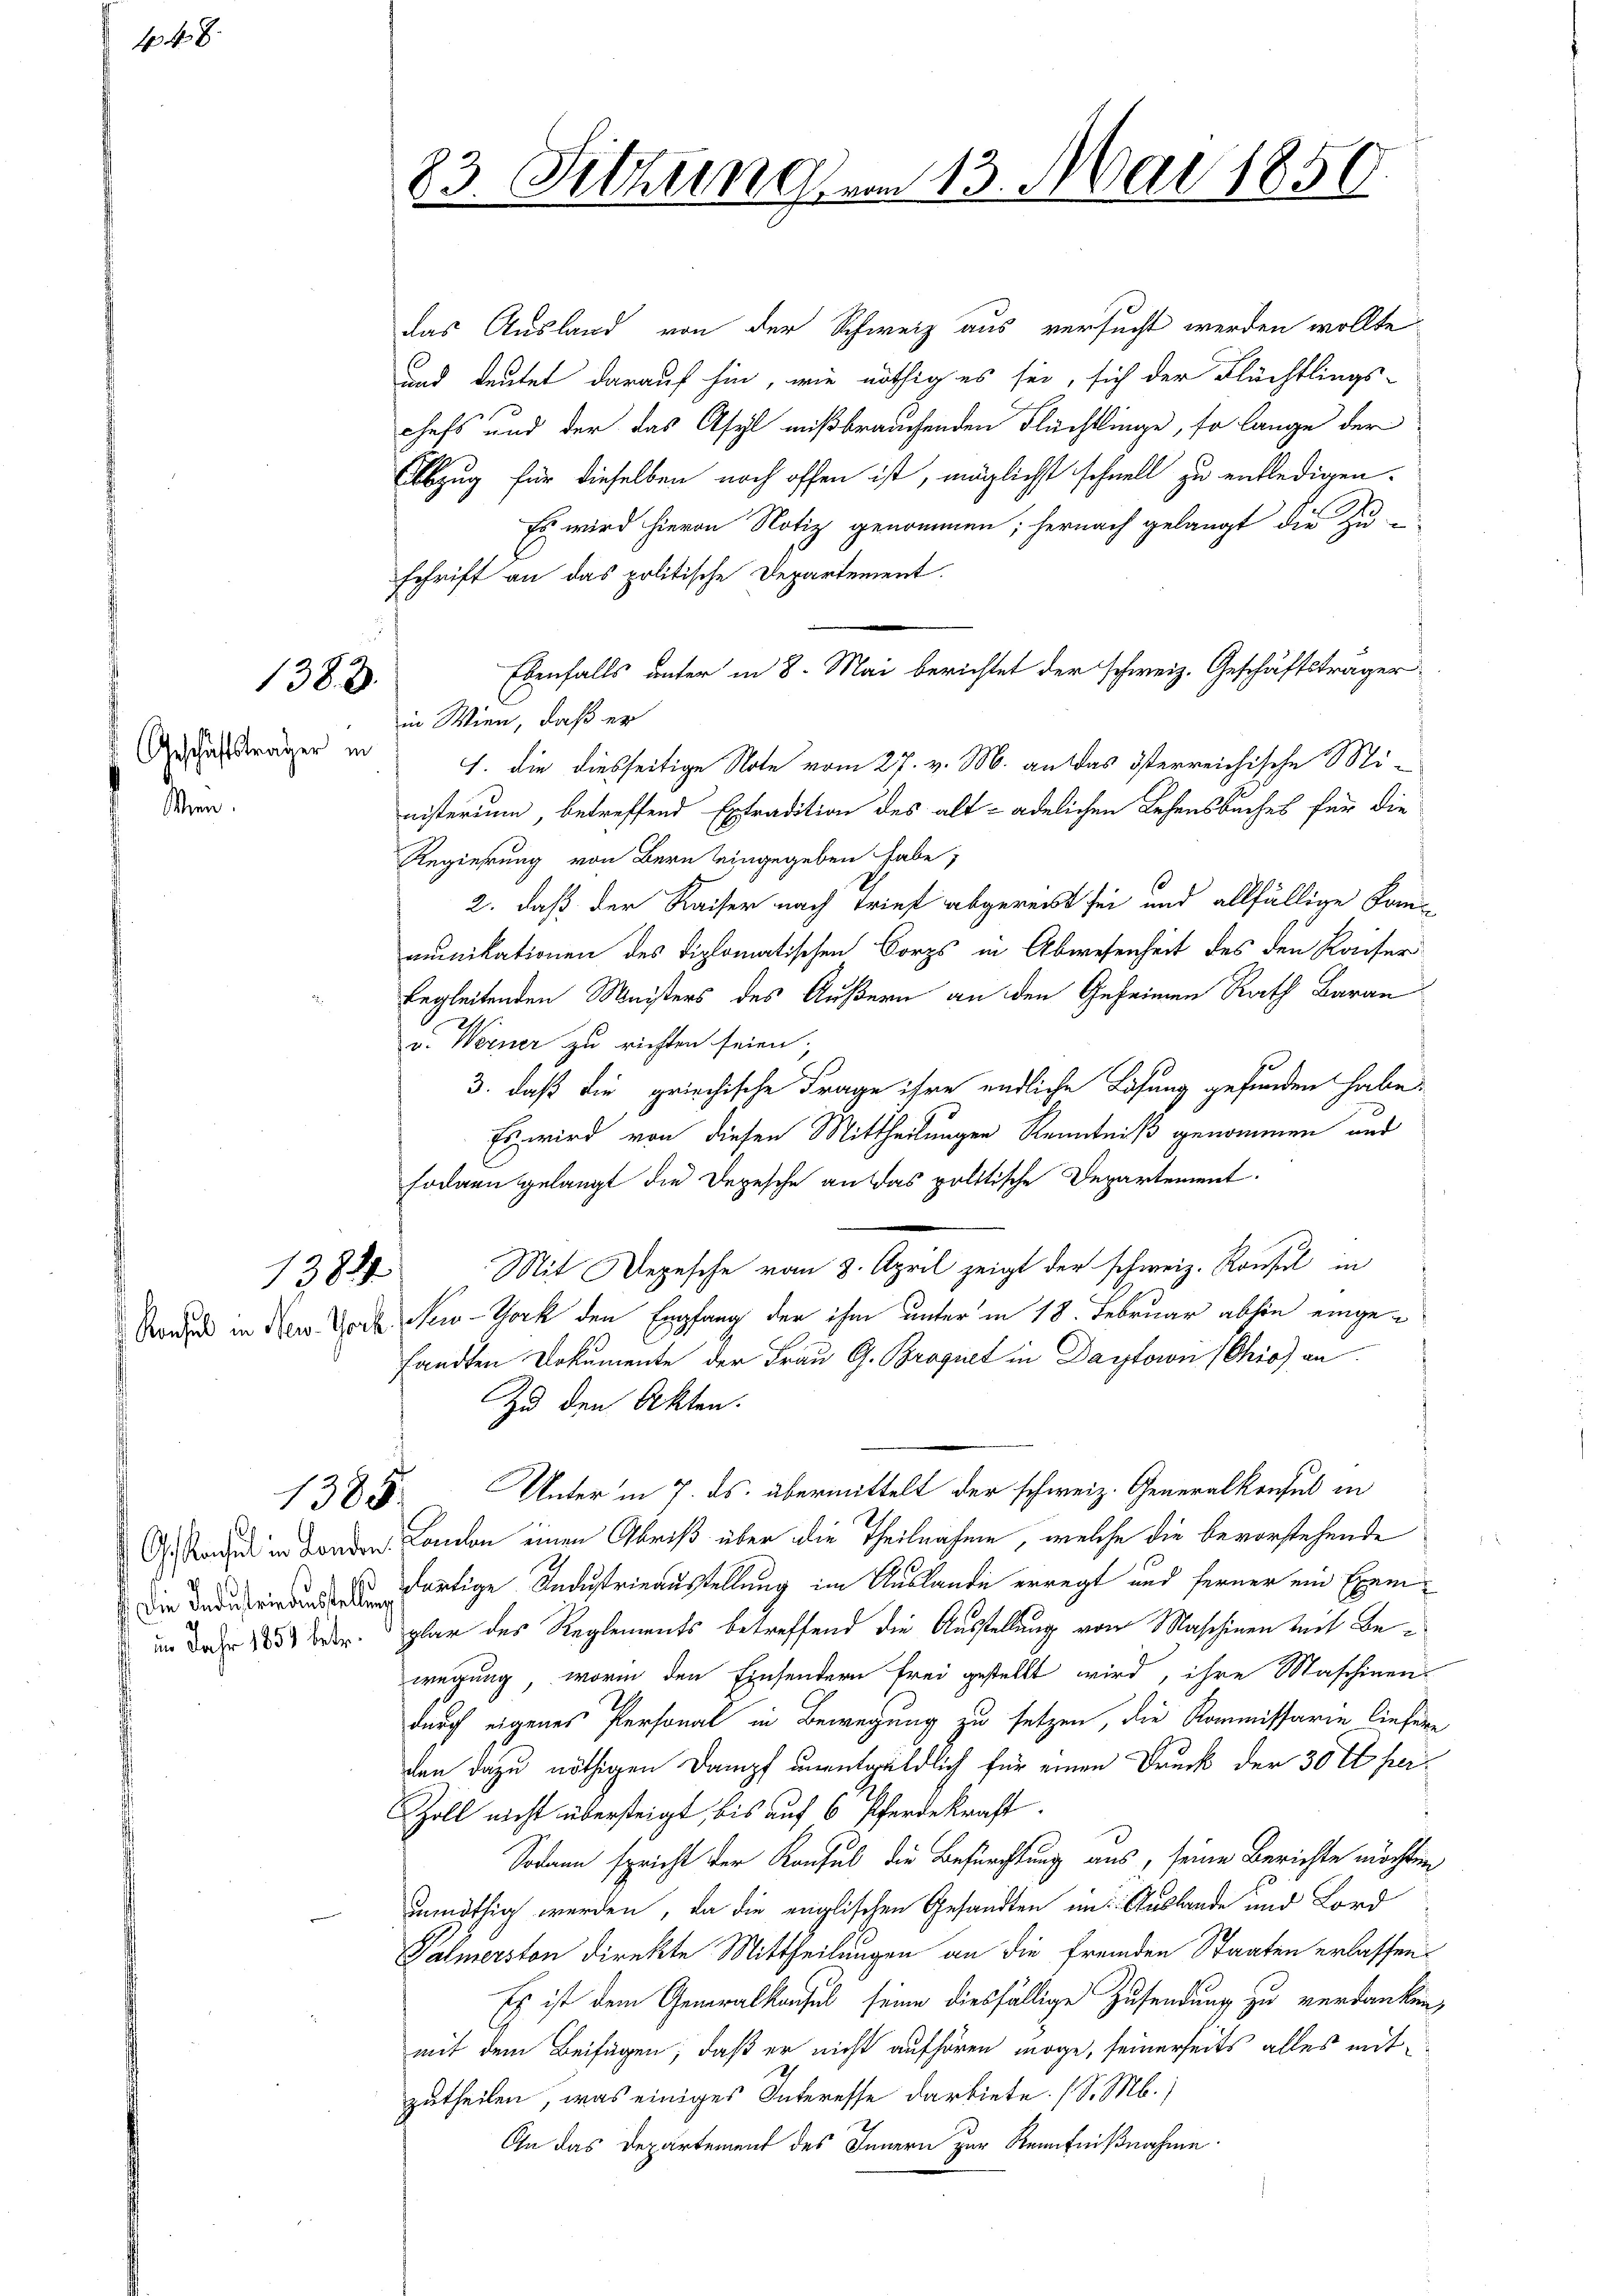
Geschäftsträger in

Wien.

1t 8.

1383.

13834

das Ausland von der Schweiz aus versucht werden wollte,
und deutet darauf hin, wie nöthig es sei, sich der Flüchtlings-
chefs und der das Asyl mißbrauchenden Flächtlinge, so lange der
Abzug für dieselben noch offen ist, möglichst schnell zu entledigen.
Es wird hievon Notiz genommen; hernach gelangt die zu u
schrift an das politische Departement.
Ebenfalls unter in 8. Mai berichtet der schweiz. Geschäftsträger
in Wien, daß er
1. die diesseitige Note vom 27. v. M. an das österreichische Mi-
nisterium, betreffend Extradition des alt- adelichen Lehensbuches für die
Regierung von Bern eingegeben habe,
2. daß der Kaiser nach Trief abgereist sei und allfällige Kom-
munikationen des Diplomatischen Corps in Abwesenheit des den Kaiser
begleitenden Meisters des Äußern an den Geheimen Rath Baran
v. Werner zu richten seien;
3. daß die griechische Frage ihre endliche Lösung gefunden habe.
Es wird von diesen Mittheilungen Kenntniß genommen und
sodann gelangt die Depesche an das politische Departement.
Mit Depesche vom 8. April zeigt der schweiz. Konsul in
Vordend in den Worte Sei-Tock den Empfang der ihm unter in 18. Februar abhin eingesandten Dokumente der Frau G. Brogiet in Daytorn (Chio) an
Zu den Akten.
Unter in 7. ds. übermittelt der schweiz. Generalkonsul in
ds Stand in Banden Condon einen Abriß über die Theilnahme, welche die bevorstehende
 artige Industrieausstellung im Auslande erregt und ferner ein Exemin der 1854 der plar des Reglements betreffend die Ausstellung von Maschinen mit Bewegung, worin den Einsendern frei gestellt wird, ihre Maschinen
durch eigenes Personal in Bewegung zu setzen, die Kommissarie liefere
den dazu nöthigen Dampf unentgeldlich für einen Druck der 30 t her¬
Zoll nicht übersteigt, bis auf 6 Pferdekraft.
Sodann spricht der Konsul die Befürchtung aus, seine Berichte möchten
unnöthig werden, da die englischen Gesandten im Auslande und Lord
Palmerston direkte Mittheilungen an die fremden Staaten erlassen
Es ist dem Generalkoches seine diesfällige Zusendung zu verdanken,
mit dem Beifügen, daß er nicht aufhören möge, seinerseits alles mitzutheilen, was einiges Interesse darbiete. (S. M.)
An das Departement des Innern zur Renntnißnahme.

1385.

83. Sitzung um 13. Mai 1850